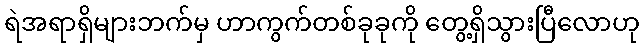
ရဲအရာရှိများဘက်မှ ဟာကွက်တစ်ခုခုကို တွေ့ရှိသွားပြီလောဟု